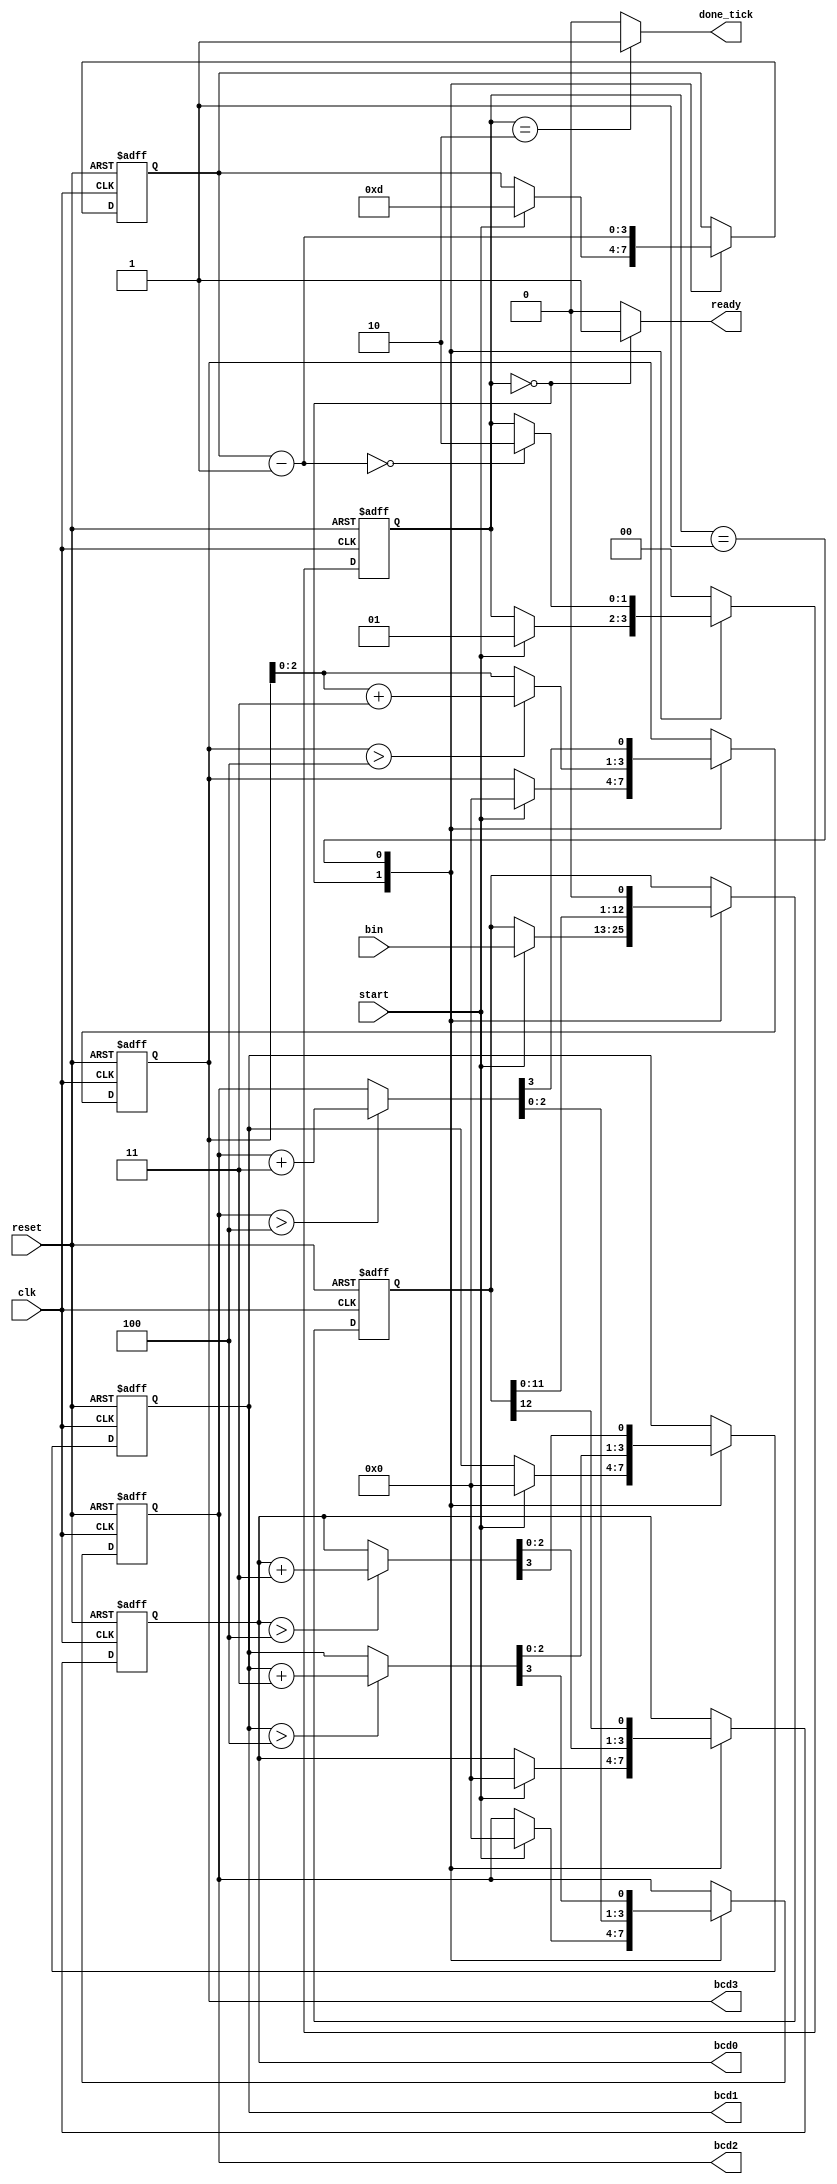
// Listing 6.6
module bin2bcd
   (
    input wire clk, reset,
    input wire start,
    input wire [12:0] bin,
    output reg ready, done_tick,
    output wire [3:0] bcd3, bcd2, bcd1, bcd0
   );

   // symbolic state declaration
   localparam [1:0]
      idle = 2'b00,
      op   = 2'b01,
      done = 2'b10;

   // signal declaration
   reg [1:0] state_reg, state_next;
   reg [12:0] p2s_reg, p2s_next;
   reg [3:0] n_reg, n_next;
   reg [3:0] bcd3_reg, bcd2_reg, bcd1_reg, bcd0_reg;
   reg [3:0] bcd3_next, bcd2_next, bcd1_next, bcd0_next;
   wire [3:0] bcd3_tmp, bcd2_tmp, bcd1_tmp, bcd0_tmp;


   // body
   // FSMD state & data registers
   always @(posedge clk, posedge reset)
      if (reset)
         begin
            state_reg <= idle;
            p2s_reg <= 0;
            n_reg <= 0;
            bcd3_reg <= 0;
            bcd2_reg <= 0;
            bcd1_reg <= 0;
            bcd0_reg <= 0;
         end
      else
         begin
            state_reg <= state_next;
            p2s_reg <= p2s_next;
            n_reg <= n_next;
            bcd3_reg <= bcd3_next;
            bcd2_reg <= bcd2_next;
            bcd1_reg <= bcd1_next;
            bcd0_reg <= bcd0_next;
         end


   // FSMD next-state logic
   always @*
   begin
      state_next = state_reg;
      ready = 1'b0;
      done_tick = 1'b0;
      p2s_next = p2s_reg;
      bcd0_next = bcd0_reg;
      bcd1_next = bcd1_reg;
      bcd2_next = bcd2_reg;
      bcd3_next = bcd3_reg;
      n_next = n_reg;
      case (state_reg)
         idle:
            begin
               ready = 1'b1;
               if (start)
                  begin
                     state_next = op;
                     bcd3_next = 0;
                     bcd2_next = 0;
                     bcd1_next = 0;
                     bcd0_next = 0;
                     n_next = 4'b1101; // index
                     p2s_next = bin;   // shift register
                     state_next = op;
                  end
            end
         op:
            begin
               // shift in binary bit
               p2s_next = p2s_reg << 1;
               // shift 4 BCD digits
               //{bcd3_next, bcd2_next, bcd1_next, bcd0_next}=
               //{bcd3_tmp[2:0], bcd2_tmp, bcd1_tmp, bcd0_tmp,
               // p2s_reg[12]}

               bcd0_next = {bcd0_tmp[2:0], p2s_reg[12]};
               bcd1_next = {bcd1_tmp[2:0], bcd0_tmp[3]};
               bcd2_next = {bcd2_tmp[2:0], bcd1_tmp[3]};
               bcd3_next = {bcd3_tmp[2:0], bcd2_tmp[3]};
               n_next = n_reg - 1;
               if (n_next==0)
                   state_next = done;
            end
         done:
            begin
               done_tick = 1'b1;
               state_next = idle;
            end
         default: state_next = idle;
      endcase
   end

   // data path function units
   assign bcd0_tmp = (bcd0_reg > 4) ? bcd0_reg+3 : bcd0_reg;
   assign bcd1_tmp = (bcd1_reg > 4) ? bcd1_reg+3 : bcd1_reg;
   assign bcd2_tmp = (bcd2_reg > 4) ? bcd2_reg+3 : bcd2_reg;
   assign bcd3_tmp = (bcd3_reg > 4) ? bcd3_reg+3 : bcd3_reg;

   // output
   assign bcd0 = bcd0_reg;
   assign bcd1 = bcd1_reg;
   assign bcd2 = bcd2_reg;
   assign bcd3 = bcd3_reg;

endmodule